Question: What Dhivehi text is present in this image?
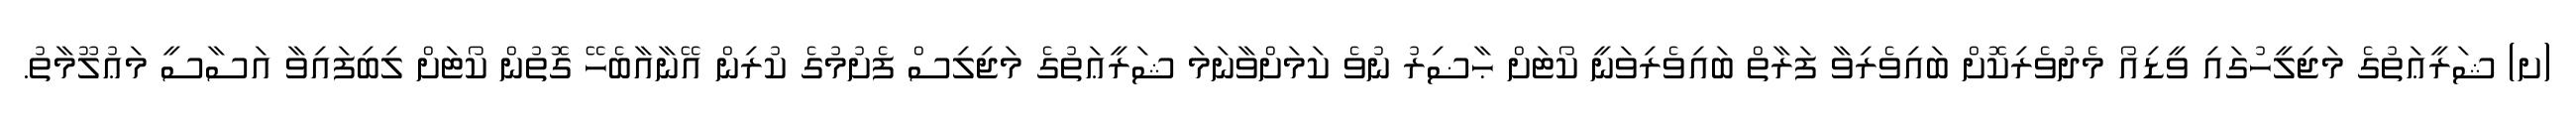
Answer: (ށ) ޝަރީޢަތުގެ މަޖިލީހުގައި ވީޑިއޯ މެދުވެރިކޮށް ބައިވެރިވާ ފަރާތް ބައިވެރިވަނީ ކޯޓަށް ޙާޟިރު ނުވެ ކަމަށްވާނަމަ ޝަރީޢަތުގެ މަޖިލިސް ފެށުމުގެ ކުރިން އޭނާއާބެހޭ ގޮތުން ކޯޓަށް ލިބިފައިވާ އަސާސީ މަޢުލޫމާތު.